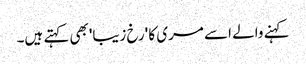
کہنے والے اسے مری کا 'رخ زیبا'بھی کہتے ہیں۔